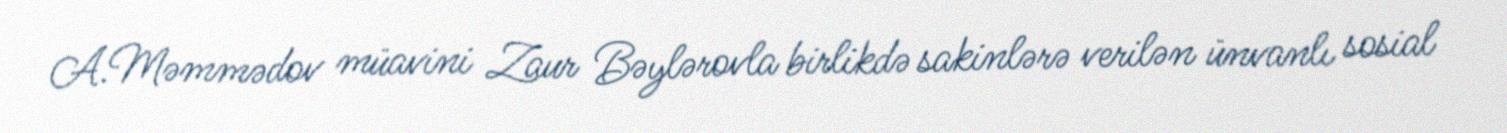
A.Məmmədov müavini Zaur Bəylərovla birlikdə sakinlərə verilən ünvanlı sosial